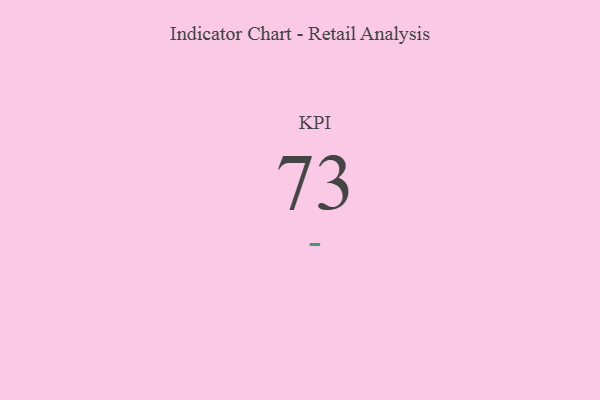
{"axis": {"x": "KPI", "y": "Value"}, "legend": [""], "data": [{"x": "KPI", "y": 73, "type": ""}]}